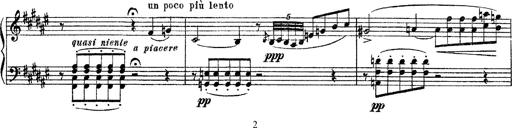
Title: Apparitions
Composer: Franz Liszt